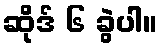
ဆိုဒ် ၆ ခွဲပါ။